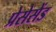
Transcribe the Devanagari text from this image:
प्रेसेसेंड